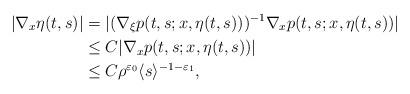
LaTeX: \begin{align*}|\nabla_x \eta(t,s)|&=|(\nabla_\xi p(t,s;x,\eta(t,s)))^{-1}\nabla_x p(t,s;x,\eta(t,s))| \\&\leq C|\nabla_x p(t,s;x,\eta(t,s))| \\&\leq C\rho^{\varepsilon_0}\langle s\rangle^{-1-\varepsilon_1},\end{align*}